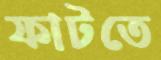
ফাটতে